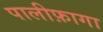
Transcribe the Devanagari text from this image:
पालीफ़ागा